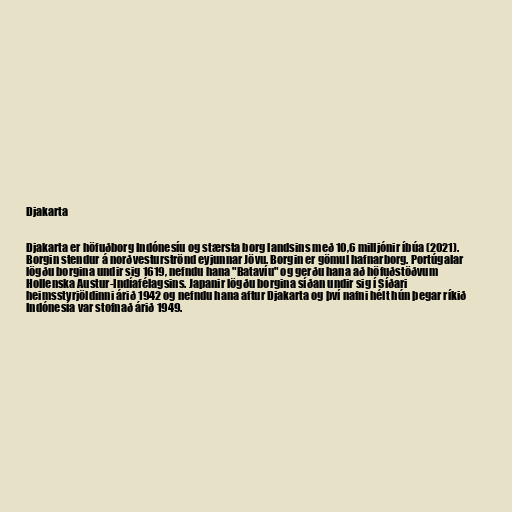
Djakarta

Djakarta er höfuðborg Indónesíu og stærsta borg landsins með 10,6 milljónir íbúa (2021).
Borgin stendur á norðvesturströnd eyjunnar Jövu. Borgin er gömul hafnarborg. Portúgalar
lögðu borgina undir sig 1619, nefndu hana "Batavíu" og gerðu hana að höfuðstöðvum
Hollenska Austur-Indíafélagsins. Japanir lögðu borgina síðan undir sig í Síðari
heimsstyrjöldinni árið 1942 og nefndu hana aftur Djakarta og því nafni hélt hún þegar ríkið
Indónesía var stofnað árið 1949.